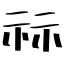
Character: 祘